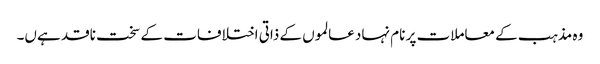
وہ مذہب کے معاملات پر نام نہاد عالموں کے ذاتی اختلافات کے سخت ناقد ہےں۔